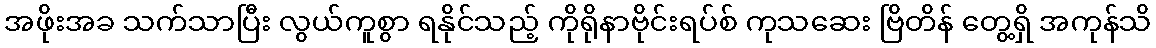
အဖိုးအခ သက်သာပြီး လွယ်ကူစွာ ရနိုင်သည့် ကိုရိုနာဗိုင်းရပ်စ် ကုသဆေး ဗြိတိန် တွေ့ရှိ အကုန်သိ